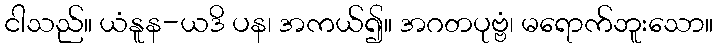
ငါသည်။ ယံနူန-ယဒိ ပန၊ အကယ်၍။ အဂတပုဗ္ဗံ၊ မရောက်ဘူးသော။